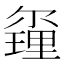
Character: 𨤰